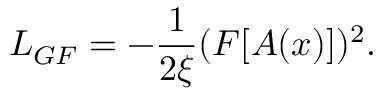
{ \cal L } _ { G F } = - { \frac { 1 } { 2 \xi } } ( F [ A ( x ) ] ) ^ { 2 } .